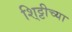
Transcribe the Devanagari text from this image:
शि्ट्टीच्या